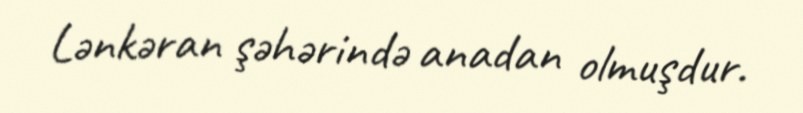
Lənkəran şəhərində anadan olmuşdur.